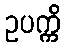
ဥပက္ကိ